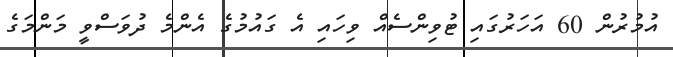
އުމުރުން 60 އަހަރުގައި ޓުވިންސެއް ވިހައި އެ ގައުމުގެ އެންމެ ދުވަސްވީ މަންމަގެ